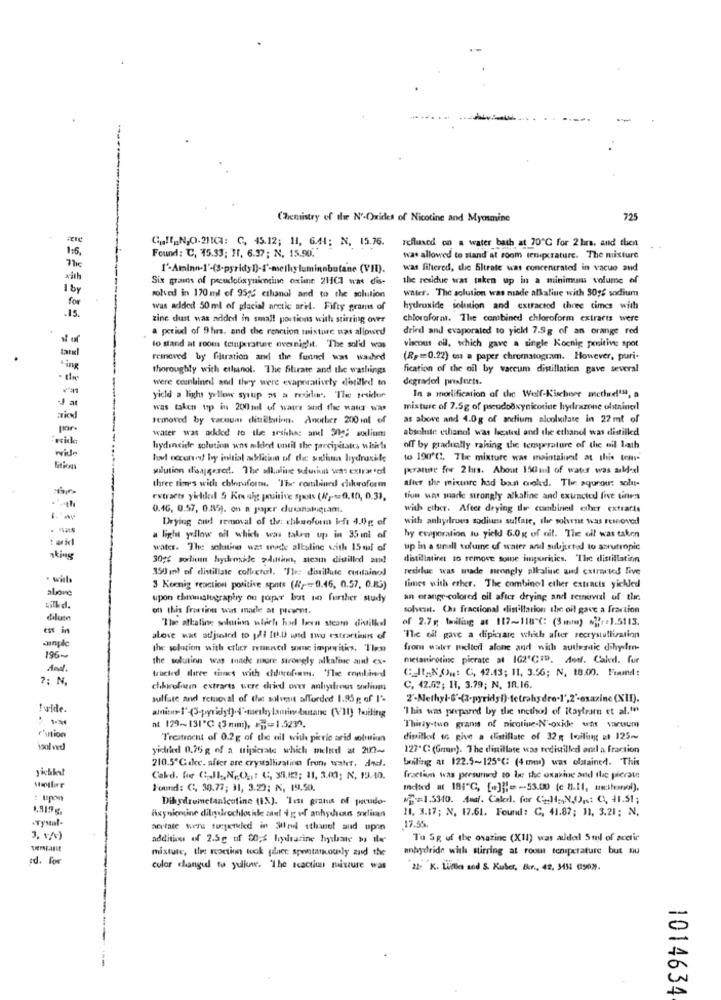
Chemistry of the N'-Oxides of Nicotine and Myosine
725
1:6,
Cult_N,O.21ICH: C, 45.12; 11, 6.44; N, 15.76.
refluxed on a water bath at 20℃ for 2 hrs, and then
Found: C, 15.33; IT, 6.37; N, 15.90."
was allowed to stand at room tenipcrature. The mixture
1'-Aminn-]'-(S-pyridy 1)-4'-methy luminabutane (VII).
wat filtered, the Bitrate was concentrated in vacuo and
with
Six grains of pecudouxynientiun oxime 2101 wat dis-
the residue was taken up in a minimum volume of
1 by
water. The solution was made alkaline with 30gs sodium
for
solved in 170 ml of 95% ethanol and to the solution
was added 50 ml of glacial arctic ari. Fifty grams of
hydroxide solution and extracted three times with
.15 .
zine dust was added in small portions with stirring over
chloroform. The combined chloroform extracts were
a period of 9 hrs. and the reaction mixture was allowed
dried and evaporated to yicld 7.5g of an orange red
to stand at room temperature overnight. The solid was
viscous oil, which gave a single Koenig positive spot
reinoved by filtration and the funnet was washed
(R === 0.22) en a paper chromatogram. However, puri-
-ing
thoroughly with ethanol. The filiate and the washings
fication of the oil by vaccum distillatien gave several
- de
were combined and they were evaporatively dotilled to
degrader prefects.
yicld a light yellow syrup as a residir. The tesidur
In a mortification of the Wolf-Kischore methe!"", a
was taken up in 200ml of waus and the water was
mixture of 7.5g of pseudodxynicotine hydrazone olstnivel
removed by vacuum dittillstinn. Another 200 ml of
as above and 4.0g of andium aloolvolate in 22ml of
absolute ethanol was heated and the ethanol was distilled
water was added to ile sesichse anel 30; sodium
hydenside solution was milled tatil the precipitates visita
off by gradually rahing the temperature of the eil lath
wide
tuel occured by initial abolition of the alism hydroxide
to 190'℃. The mixture was maintainet at this tem-
wilution d'oagered. The alkaline solucius vent extra sedd
perante fre 2 hrs. About 150ml of water was salder
after the mixture had ban cold. The aqueous solu-
three times with chloroform. The combined chhroform
extracts yielded 5 Koval positive spots (Wy.tad. 10, 0.33,
tiun uns marle strongly alkaline and extracted five tines
0.46, 0.57, 0.35). on a popar dluvanatugram.
with ether. After drying the combinedl ether extraris
Drying aud removal of the: chkaoform left 4.0g of
with anhydrous sodium sulfate, the solvent was removed
a light yellow oil which was taken up in 35inl of
hy evaporation tu yield 6.0g of rit. The oil was taken
water. The solutine was made alkaline szith 15 mal of
up in a tinull suluine of water and subjected to azrutropic
aking
30;% polium hydroside zdution, steam distilled and!
distillatinet to remove somne impurities. "The distillation
350 ml of distillate collectel. 'Tles distillate contained
residue was made strongly alkaline and couranted live
· will
above
3 Koenig reaction positive spots (//=0.46, 0.57, 0.85)
times with ether. The combinel ether extracts yickled
upon ehmmslugraphy on toper but in further study
an orange -colored oil after drying and removal of the
on this fraction was made at present.
solvent. Cha fractional distillation the oil gave a fraction
dilum
of 2.7g tailing at 117-118℃: (3 mm) Nr=1.5113.
ess in
"The alkaline solution wlech had born steam distilkel
ainpl
alove was adjusted to poli ftkl und two estrartinuns of
"The oil gave a dipicgare which after recrystallization
the solution with cttcy renened some imperitis. Then
from water mellerl alone and with automatic dihydro-
196-
the solution was made more strongly alkafisc and ex-
metanicotine picrate at 102'CID. Antl. Caked. fur
C_It,XOut C, 42.43; 11, 3.56; N, 18.00. Found:
?; N.
tracted dlaree tines with dourofoam. 'The comland
chkyrofaun extrarts were dried over anhydrous snelin
C, 42.02; 11, 3.79; N. 1R.16.
sulfate and removal of the salvesit afforded 1.95 g of 1'-
"This was prepared by the incthol of Raytram et al."
at 129-131℃ (3mm), ==== 1.5230.
Thirty-two grants of nicotine-N'-oxide was varuum
rition
Treatment of 0.2g of the oil with picrie arid solution
distilled o give a distillate of 32 boiling at 125~
yidied 0.75 g of a tripicrate which melted at 2177-
127" C: (Grmn). The distillate was tedistilled and a fraction
boiling at 122.5~125℃: (4 mm) was olatained. This
yichket
210.5"Gakc. after are crystallizalino frun wahr, del.
Cald. for CL,Il,NO21; C; 31.12; 11, 3.00; N. 13.10.
fraction was presunund to lie the oxnaine and the pierate
Found: C. 30.77; 31, 3.23; N, 19.50.
Indied at 181"℃, [.]]] =- 53.00 (c 8.11, muitonoi),
Dihydrometanicotine (1%). Ten grams of porudo-
$=1.5340. Amat. Calerl. for Colt -, NO ,: C, 41.51;
11. 3.17; N. 17.61. Found: C, 41.87; 11, 3.21; N.
Tysal-
axynicotine diliyleochlosie sant 4 g vf anhythecus solives
17.55.
acetate were suspended in 30ml ethanol and upon
3, 5/0)
addition of 2.5g of 00;& hydrazine hylrare w ile
To Sg uf the oxazine (XII) was aldel 5mil of acetir
misture, the reaction took galaer. spontaneously and the
anhydride with stirring at roomt tenspctature but nu
rd. for
color changed to yuliow. "The scaction misure was
22: "K. Lidia and &. Kuber, Er ., 42, 3452 (1902.
1014634